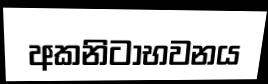
අකනිටාභවනය